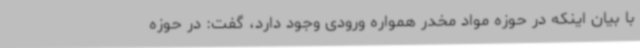
با بیان اینکه در حوزه مواد مخدر همواره ورودی وجود دارد، گفت: در حوزه